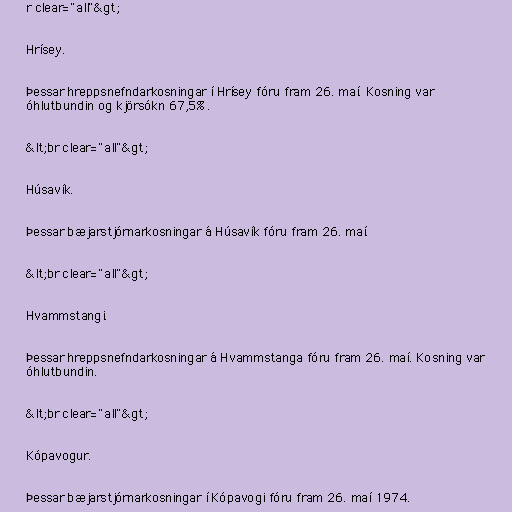
r clear="all"&gt;

Hrísey.

Þessar hreppsnefndarkosningar í Hrísey fóru fram 26. maí. Kosning var
óhlutbundin og kjörsókn 67,5%.

&lt;br clear="all"&gt;

Húsavík.

Þessar bæjarstjórnarkosningar á Húsavík fóru fram 26. maí.

&lt;br clear="all"&gt;

Hvammstangi.

Þessar hreppsnefndarkosningar á Hvammstanga fóru fram 26. maí. Kosning var
óhlutbundin.

&lt;br clear="all"&gt;

Kópavogur.

Þessar bæjarstjórnarkosningar í Kópavogi fóru fram 26. maí 1974.